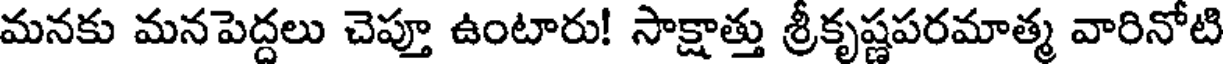
మనకు మనపెద్దలు చెప్తూ ఉంటారు! సాక్షాత్తు శ్రీకృష్ణపరమాత్మ వారినోటి